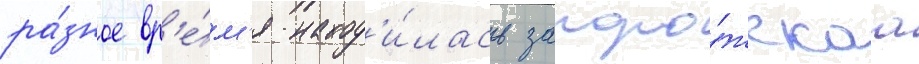
ра́зное вр'е́м'я наход'и́лась запоро́жскаа